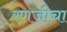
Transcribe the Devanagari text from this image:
रणजीचा